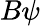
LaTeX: B\psi